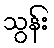
သွန်း